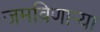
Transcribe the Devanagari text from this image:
जमविणार्‍या